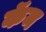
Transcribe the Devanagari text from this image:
कॅम